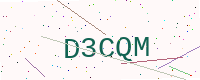
Text: D3CQM